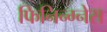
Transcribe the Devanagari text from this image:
फिनिन्ग्नेस